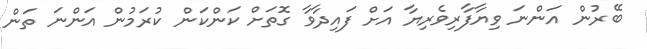
ބޭރުން އަންނަ ވިޔާފާރިވެރިޔާ އަށް ފައިދާވާ ގޮތަށް ކަންކަން ކުރަމުން އަންނަ ތަން